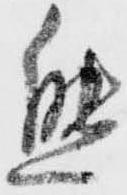
態